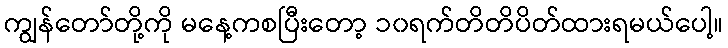
ကျွန်တော်တို့ကို မနေ့ကစပြီးတော့ ၁၀ရက်တိတိပိတ်ထားရမယ်ပေါ့။